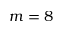
m = 8